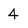
Character: 4